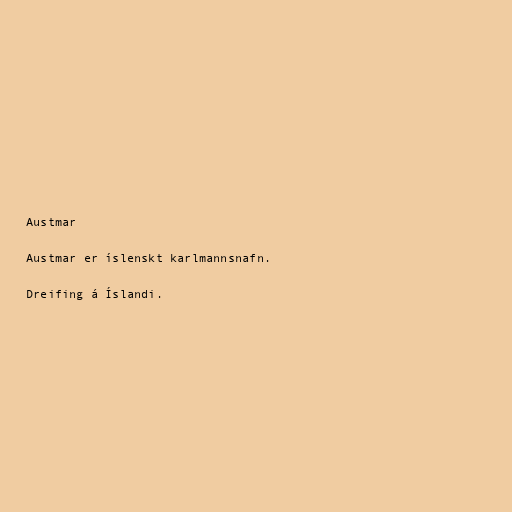
Austmar

Austmar er íslenskt karlmannsnafn.

Dreifing á Íslandi.